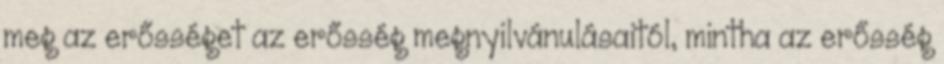
meg az erősséget az erősség megnyilvánulásaitól, mintha az erősség